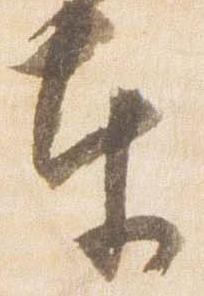
奉